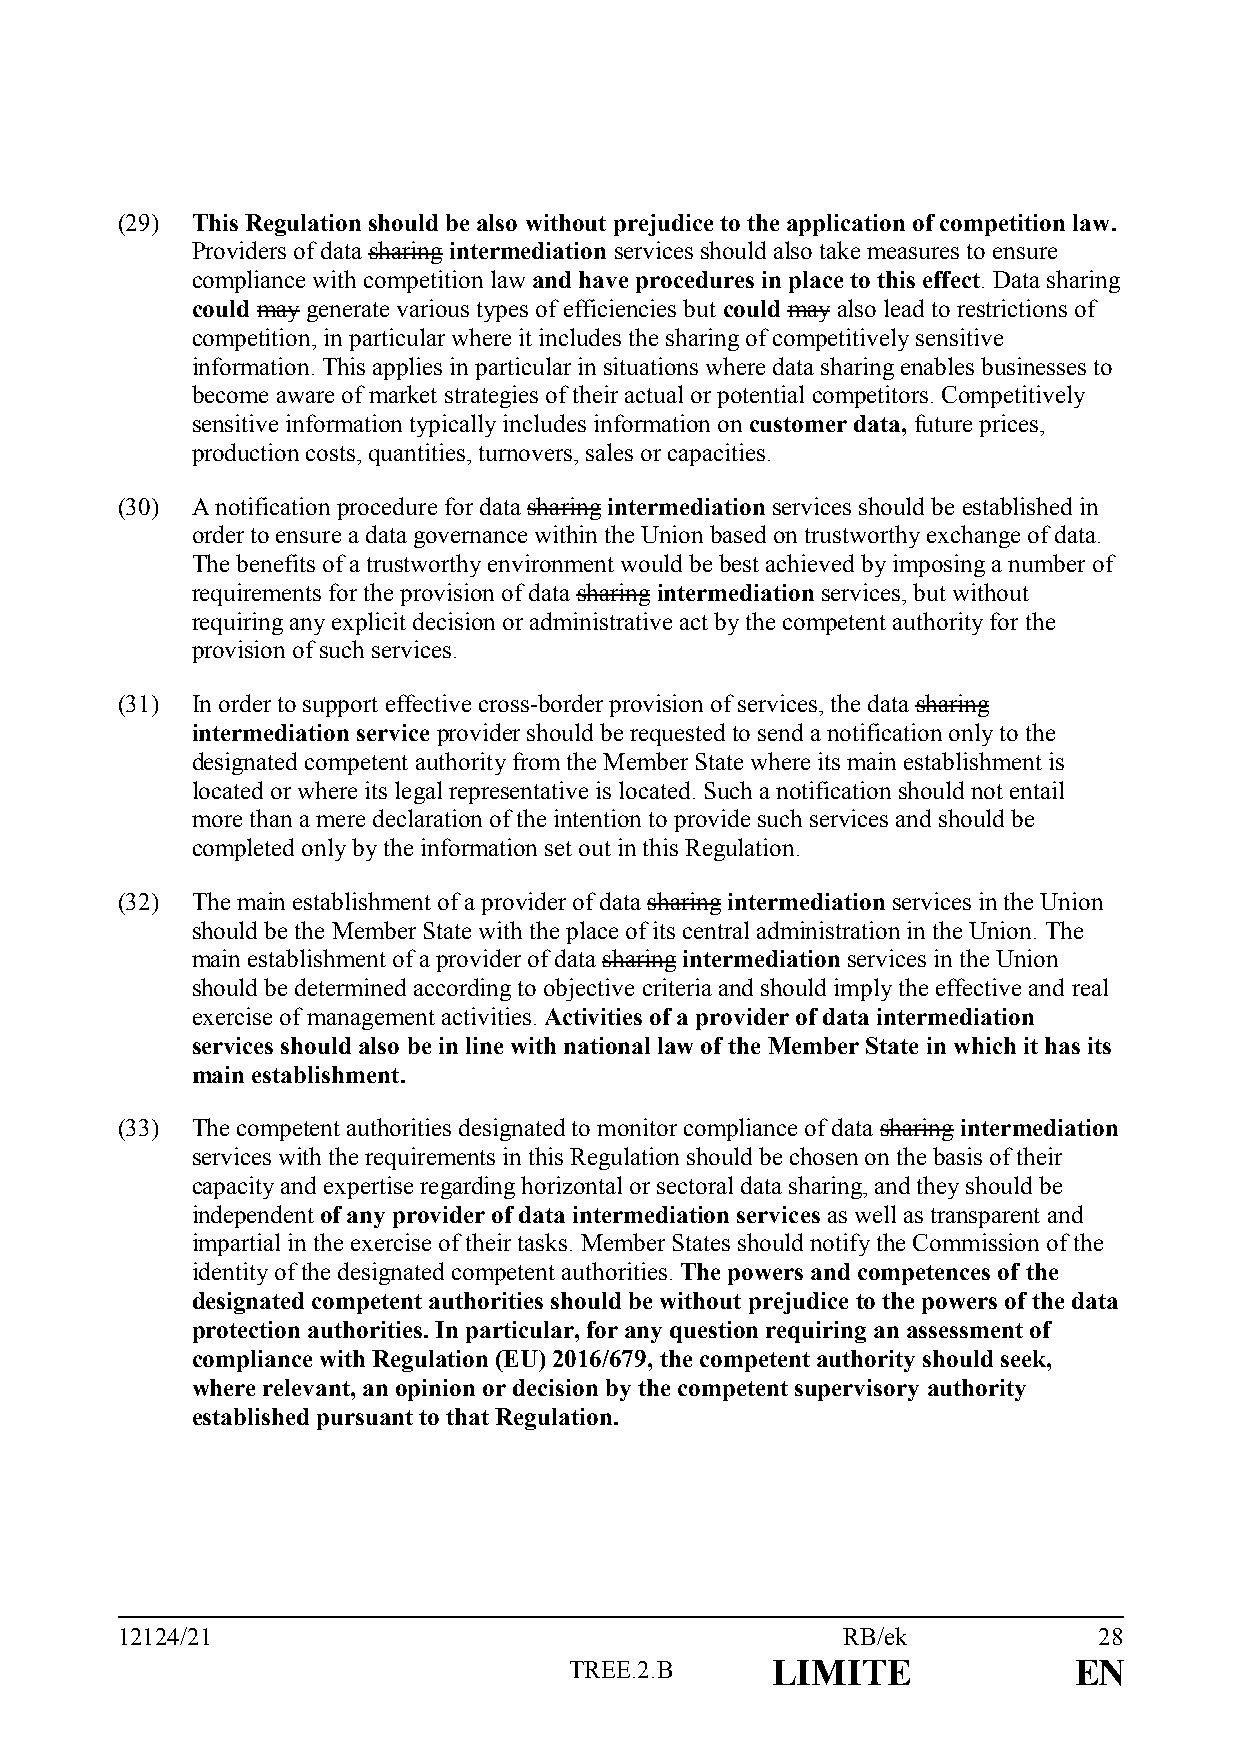
(29) This Regulation should be also without prejudice to the application of competition law.
 Providers of data sharing intermediation services should also take measures to ensure
 compliance with competition law and have procedures in place to this effect. Data sharing
 could may generate various types of efficiencies but could may also lead to restrictions of
 competition, in particular where it includes the sharing of competitively sensitive
 information. This applies in particular in situations where data sharing enables businesses to
 become aware of market strategies of their actual or potential competitors. Competitively
 sensitive information typically includes information on customer data, future prices,
 production costs, quantities, turnovers, sales or capacities.
 (30) A notification procedure for data sharing intermediation services should be established in
 order to ensure a data governance within the Union based on trustworthy exchange of data.
 The benefits of a trustworthy environment would be best achieved by imposing a number of
 requirements for the provision of data sharing intermediation services, but without
 requiring any explicit decision or administrative act by the competent authority for the
 provision of such services.
 (31) In order to support effective cross-border provision of services, the data sharing
 intermediation service provider should be requested to send a notification only to the
 designated competent authority from the Member State where its main establishment is
 located or where its legal representative is located. Such a notification should not entail
 more than a mere declaration of the intention to provide such services and should be
 completed only by the information set out in this Regulation.
 (32) The main establishment of a provider of data sharing intermediation services in the Union
 should be the Member State with the place of its central administration in the Union. The
 main establishment of a provider of data sharing intermediation services in the Union
 should be determined according to objective criteria and should imply the effective and real
 exercise of management activities. Activities of a provider of data intermediation
 services should also be in line with national law of the Member State in which it has its
 main establishment.
 (33) The competent authorities designated to monitor compliance of data sharing intermediation
 services with the requirements in this Regulation should be chosen on the basis of their
 capacity and expertise regarding horizontal or sectoral data sharing, and they should be
 independent of any provider of data intermediation services as well as transparent and
 impartial in the exercise of their tasks. Member States should notify the Commission of the
 identity of the designated competent authorities. The powers and competences of the
 designated competent authorities should be without prejudice to the powers of the data
 protection authorities. In particular, for any question requiring an assessment of
 compliance with Regulation (EU) 2016/679, the competent authority should seek,
 where relevant, an opinion or decision by the competent supervisory authority
 established pursuant to that Regulation.
 12124/21                                        RB/ek            28
 TREE.2.B     LIMITE              EN